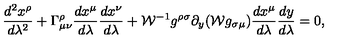
{ \frac { d ^ { 2 } x ^ { \rho } } { d \lambda ^ { 2 } } } + \Gamma _ { \mu \nu } ^ { \rho } { \frac { d x ^ { \mu } } { d \lambda } } { \frac { d x ^ { \nu } } { d \lambda } } + { \cal W } ^ { - 1 } g ^ { \rho \sigma } \partial _ { y } ( { \cal W } g _ { \sigma \mu } ) { \frac { d x ^ { \mu } } { d \lambda } } { \frac { d y } { d \lambda } } = 0 ,